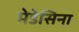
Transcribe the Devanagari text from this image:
मेडेसिना